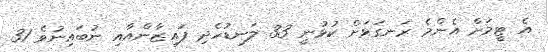
އެ ޓީމަށް އެންމެ ރަނގަޅަށް ކުޅުނީ 33 ލަނޑުހެދި ފައިޒާންއާއި ނުބައިނުވެ 31